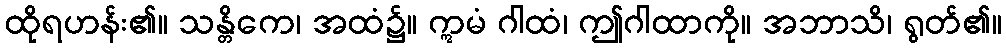
ထိုရဟန်း၏။ သန္တိကေ၊ အထံ၌။ ဣမံ ဂါထံ၊ ဤဂါထာကို။ အဘာသိ၊ ရွတ်၏။